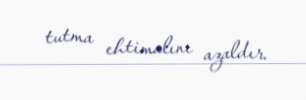
tutma ehtimalını azaldır.